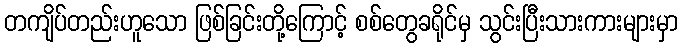
တကျိပ်တည်းဟူသော ဖြစ်ခြင်းတို့ကြောင့် စစ်တွေခရိုင်မှ သွင်းပြီးသားကားများမှာ